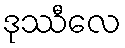
ဒုဿီလေ